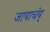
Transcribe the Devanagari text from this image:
जायाचंय्‌